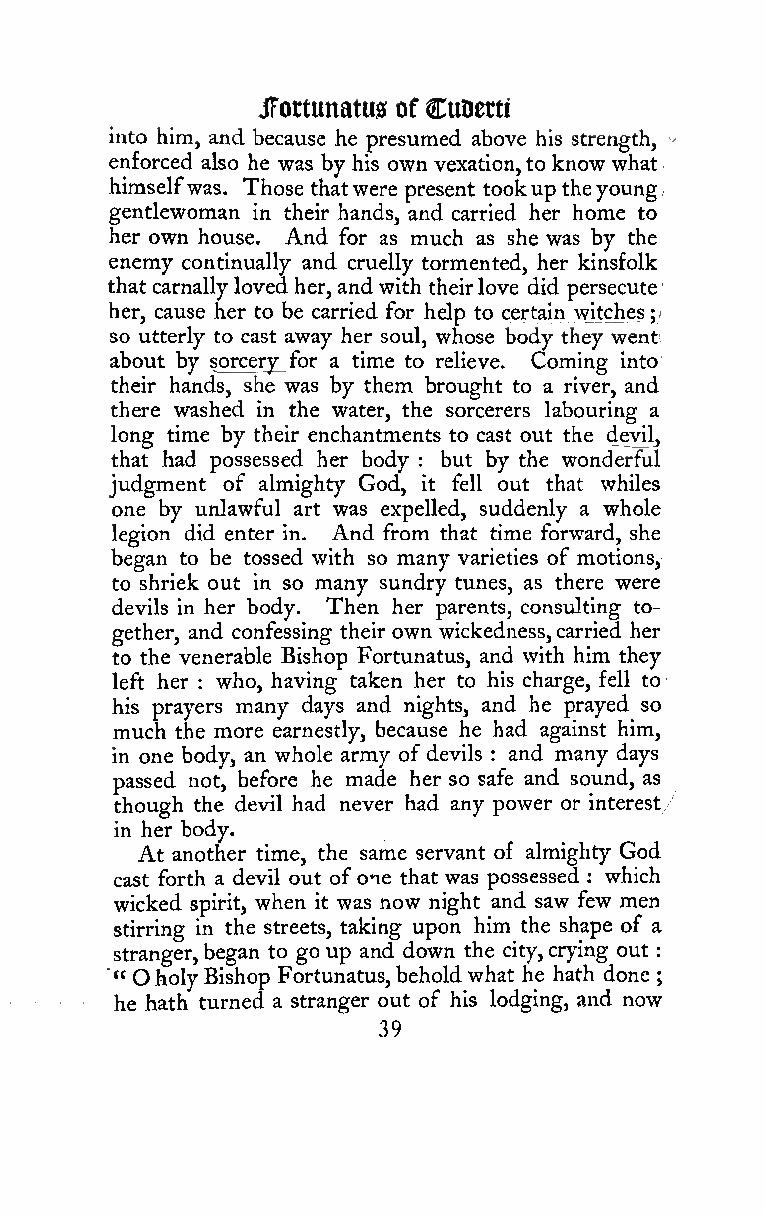
:',
 jFortunatus of CuDerti
 into him, and because he presumed above his strength, -
 enforced also he was by his own vexation,to know what
 i
 himselfwas. Those thatwere present tookup theyoung
 gentlewoman in their hands, and carried her home to
 her own house. And for as much as she was by the
 enemy continually and cruelly tormented, her kinsfolk
 that carnallyloved her, andwith theirlove did persecute
 her, cause her to be carried for help to certain witches ;i
 so utterly to cast away her soul, whose body they wenti
 about by sorcery^for a time to relieve. Coming into
 their hands, she was by them brought to a river, and
 there washed in the water, the sorcerers labouring a
 long time by their enchantments to cast out the devil,
 that had possessed her body but by the wonderful
 :
 judgment of almighty God, it fell out that whiles
 one by unlawful art was expelled, suddenly a whole
 legion did enter in. And from that time forward, she
 began to be tossed with so many varieties of motions,
 to shriek out in so many sundry tunes, as there were
 devils in her body. Then her parents, consulting to-
 gether, and confessing their own wickedness,carried her
 to the venerable Bishop Fortunatus, and with him they
 left her : who, having taken her to his charge, fell to
 his prayers many days and nights, and he prayed so
 much the more earnestly, because he had against him,
 in one body, an whole army ofdevils : and many days
 passed not, before he made her so safe and sound, as
 though the devil had never had any power or interest/
 in her body.
 At another time, the same servant of almighty God
 cast forth a devil out of one that was possessed : which
 wicked spirit, when it was now night and saw few men
 stirring in the streets, taking upon him the shape of a
 stranger,began to go up and down the city,crying out
 "" O holyBishop Fortunatus,beholdwhat he hath done
 ;
 he hath turned a stranger out of his lodging, and now
 39